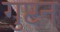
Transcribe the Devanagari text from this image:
गुप्टन